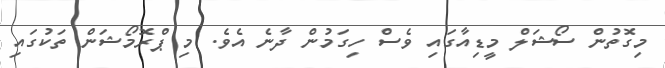
މިގޮތުން ސޯޝަލް މީޑިއާގައި ވެސް ހިގަމުން ދާނެ އެވެ. މި ޕްރޮމޯޝަން ތަކުގައި